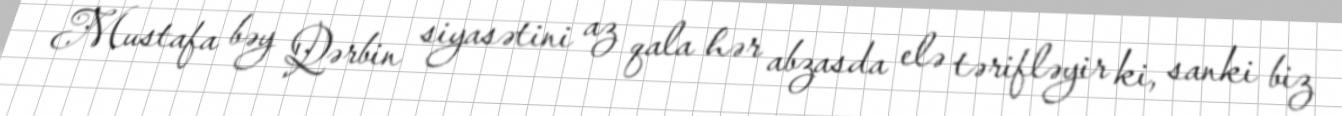
Mustafa bəy Qərbin siyasətini az qala hər abzasda elə tərifləyir ki, sanki biz